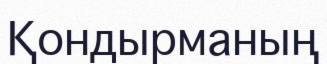
Қондырманың